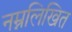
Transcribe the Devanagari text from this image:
नम्नलिखित